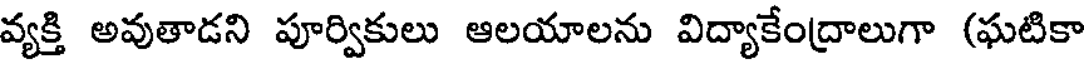
వ్యక్తి అవుతాడని పూర్వికులు ఆలయాలను విద్యాకేంద్రాలుగా (ఘటికా